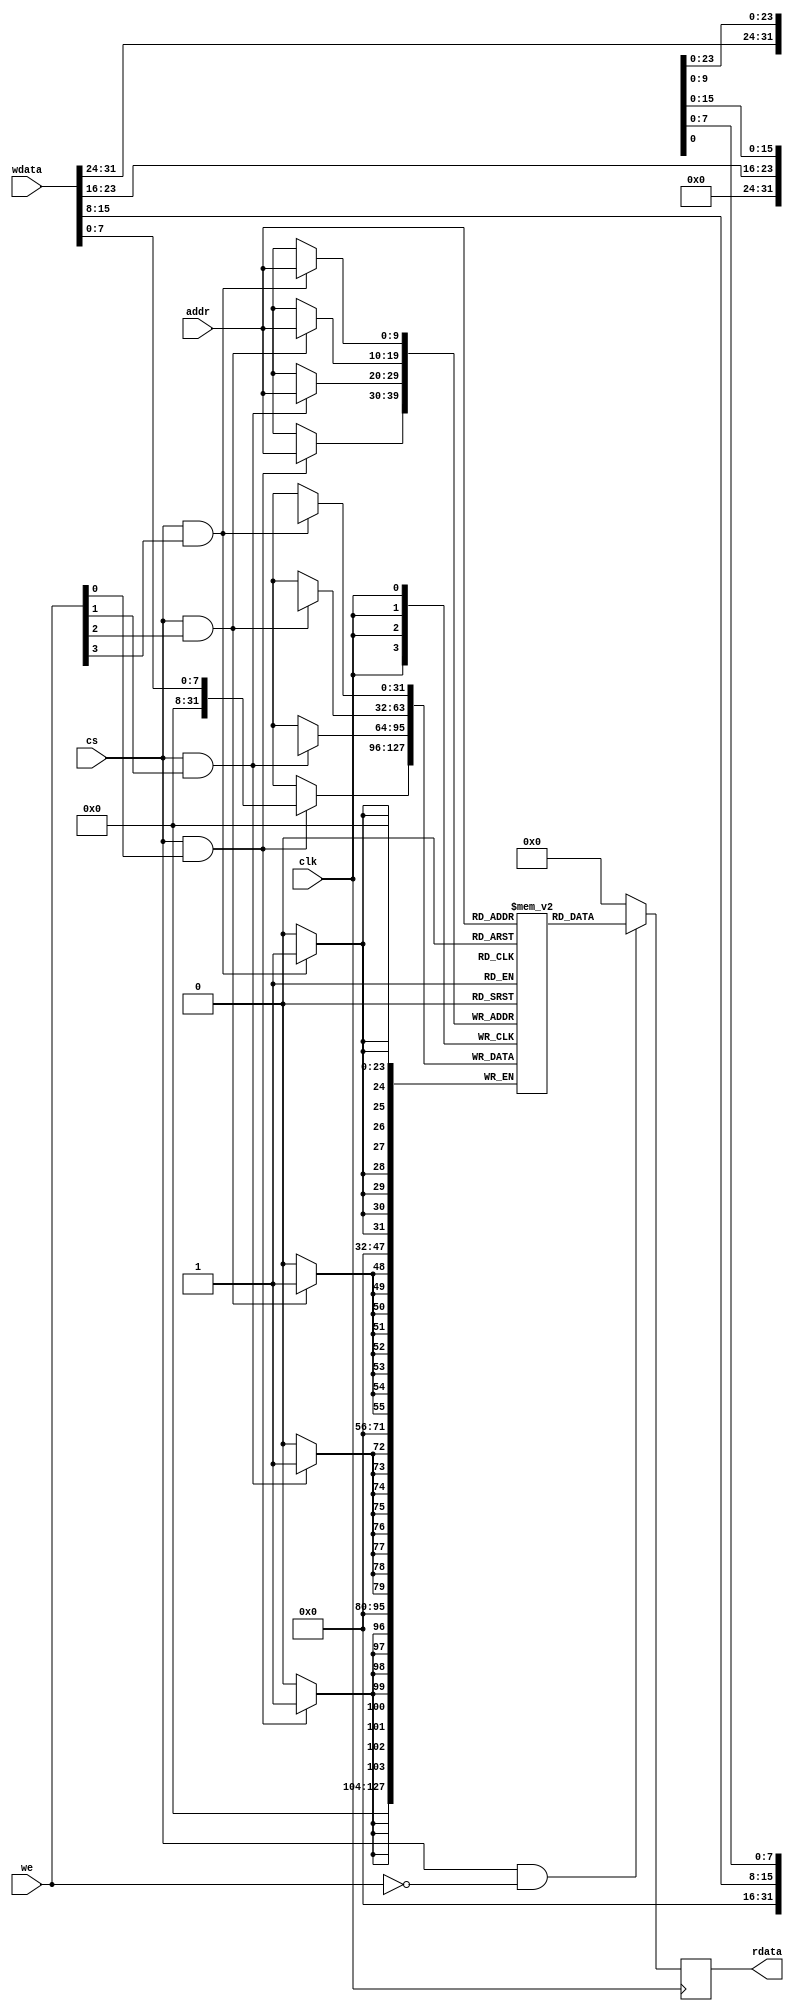
module ram_bfm
    #(
        parameter   DATA_WHITH  = 32    ,
        parameter   DATA_SIZE   = 8     ,
        parameter   ADDR_WHITH  = 10    ,
        parameter   RAM_DEPTH   = 1024  ,
        parameter   DATA_BYTE = DATA_WHITH/DATA_SIZE
    )
    (
    //system signals
    input                               clk     ,
    //RAM Control signals
    input                               cs      ,
    input           [DATA_BYTE-1:0]     we      ,
    input           [ADDR_WHITH-1:0]    addr    ,
    input           [DATA_WHITH-1:0]    wdata   ,
    output  reg     [DATA_WHITH-1:0]    rdata   

);


(*ram_style = "block"*)  reg [DATA_WHITH-1:0] mem    [0:RAM_DEPTH-1] ;


//=================================================================================
// Body
//=================================================================================

always @(posedge clk) begin
    if(cs && !we)
        rdata <= mem[addr];
    else
        rdata <= 32'd0;
end


genvar i;

generate
    for(i=0; i<DATA_BYTE; i=i+1)begin:ram_with_mask
        always @(posedge clk)begin
            if(cs && we[i])
                mem[addr][(DATA_SIZE*i)+:DATA_SIZE] <= wdata[(DATA_SIZE*i)+:DATA_SIZE];
        end
    end

endgenerate

endmodule